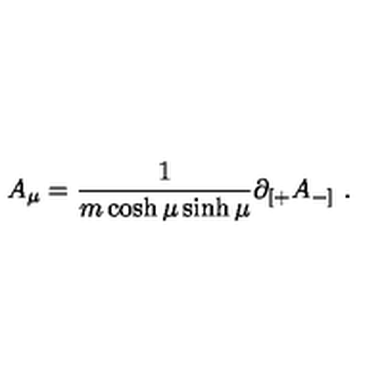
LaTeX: A _ { \mu } = \frac { 1 } { m \cosh \mu \sinh \mu } \partial _ { [ + } A _ { - ] } \ .